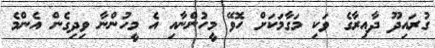
ގުރައިދޫ ދާއިރާގެ ވަކި މަގާމަކަށް ހޮވޭ މީހުންނާއި އެ މީހުންނާ ވިދިގެން އެންމެ